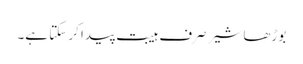
بوڑھا شیر صرف ہیبت پیدا کر سکتا ہے۔